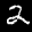
Label: 2